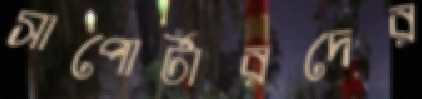
সাপোর্টারদের